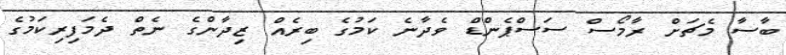
ބާސާ މެޗަށް ރާމޯސް ސަސްޕެންޑް ވެދާނެ ކަމުގެ ބިރެއް ޒިދާންގެ ނެތް ދެމަފިރިކަމުގެ